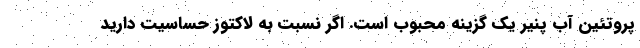
پروتئین آب پنیر یک گزینه محبوب است. اگر نسبت به لاکتوز حساسیت دارید